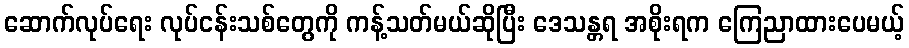
ဆောက်လုပ်ရေး လုပ်ငန်းသစ်တွေကို ကန့်သတ်မယ်ဆိုပြီး ဒေသန္တရ အစိုးရက ကြေညာထားပေမယ့်